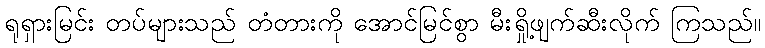
ရုရှားမြင်း တပ်များသည် တံတားကို အောင်မြင်စွာ မီးရှို့ဖျက်ဆီးလိုက် ကြသည်။